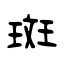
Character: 斑